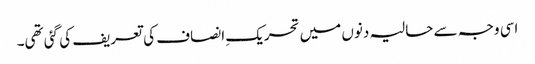
اسی وجہ سے حالیہ دنوں میں تحریکِ انصاف کی تعریف کی گئی تھی۔